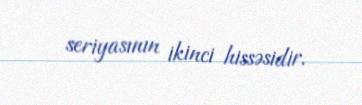
seriyasının ikinci hissəsidir.